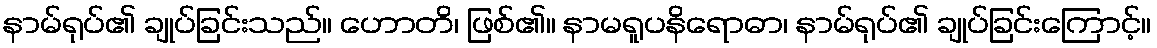
နာမ်ရုပ်၏ ချုပ်ခြင်းသည်။ ဟောတိ၊ ဖြစ်၏။ နာမရူပနိရောဓာ၊ နာမ်ရုပ်၏ ချုပ်ခြင်းကြောင့်။